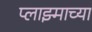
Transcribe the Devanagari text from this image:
प्लाझ्माच्या